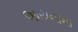
આયનાના